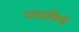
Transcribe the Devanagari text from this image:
ज्याविणें